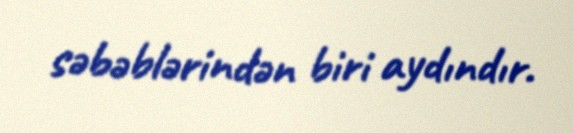
səbəblərindən biri aydındır.